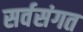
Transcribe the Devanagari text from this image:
सर्वसंगत